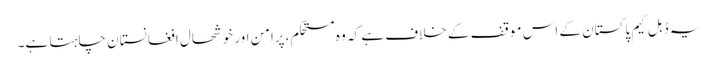
یہ ڈبل گیم پاکستان کے اس موقف کے خلاف ہے کہ وہ مستحکم، پرامن اور خوشحال افغانستان چاہتا ہے۔